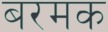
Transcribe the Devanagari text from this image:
बरमक